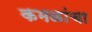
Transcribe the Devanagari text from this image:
कमळांचा